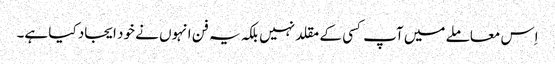
اِس معاملے میں آپ کسی کے مقلد نہیں بلکہ یہ فن انہوں نے خود ایجاد کیا ہے۔